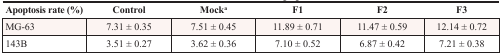
| Apoptosis rate (%) | Control | Mocka | F1 | F2 | F3 |
 | --- | --- | --- | --- | --- | --- |
 | MG-63 | 7.31 ± 0.35 | 7.51 ± 0.45 | 11.89 ± 0.71 | 11.47 ± 0.59 | 12.14 ± 0.72 |
 | 143B | 3.51 ± 0.27 | 3.62 ± 0.36 | 7.10 ± 0.52 | 6.87 ± 0.42 | 7.21 ± 0.38 |